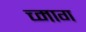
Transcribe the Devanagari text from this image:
च्माग